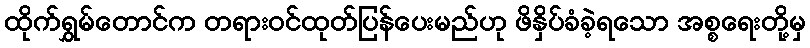
ထိုက်ရွှမ်တောင်က တရားဝင်ထုတ်ပြန်ပေးမည်ဟု ဖိနှိပ်ခံခဲ့ရသော အစ္စရေးတို့မှ